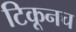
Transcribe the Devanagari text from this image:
टिकूनच